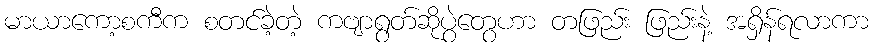
မာယာကော့စကီက စတင်ခဲ့တဲ့ ကဗျာရွတ်ဆိုပွဲတွေဟာ တဖြည်း ဖြည်းနဲ့ အရှိန်ရလာကာ